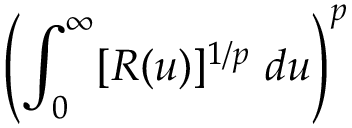
\left( \int _ { 0 } ^ { \infty } [ R ( u ) ] ^ { 1 / p } ~ d u \right) ^ { p }